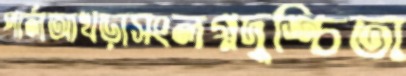
পার্লআখড়াসংলগ্নদুশ্চিতা